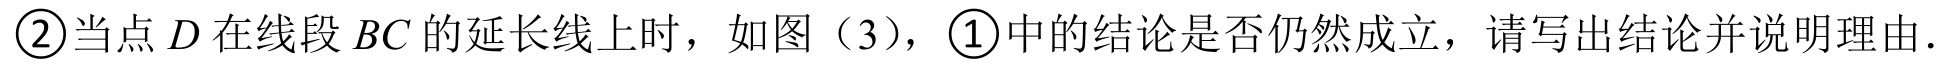
\textcircled{2}当点\(D\)在线段\(BC\)的延长线上时，如图（3），\textcircled{1}中的结论是否仍然成立，请写出结论并说明理由.